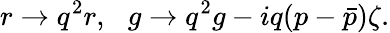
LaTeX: r\rightarrow q^{2}r,\, \, \, \, g\rightarrow q^{2}g-iq(p-\bar{p})\zeta.